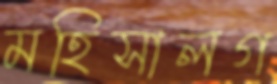
মহিসালগ